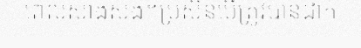
ពេលសាងសង់។ប្រសិនបើត្រូវបានដាក់